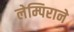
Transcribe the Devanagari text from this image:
लेम्पिराने